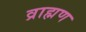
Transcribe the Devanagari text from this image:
व्राह्मण